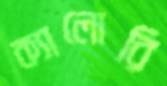
ক্যালোরি